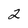
Character: 2